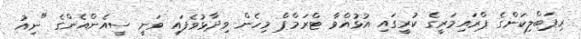
ރިޕަބްލިކަންގެ ޕްރައިމަރީގެ ކުރީގައި އުޅުއްވާ ޓްރަމްޕް މިހެން ވިދާޅުވެފައި ވަނީ ސީއެންއެންގެ "ނިއު